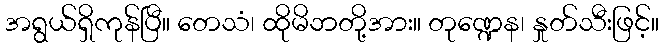
အရွယ်ရှိကုန်ပြီ။ တေသံ၊ ထိုမိဘတို့အား။ တုဏ္ဍေန၊ နှုတ်သီးဖြင့်။